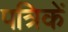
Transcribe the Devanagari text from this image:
पत्रिकें